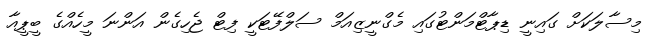
މިސާލަކަށް ގައިނީ ޑިޕާޓްމަންޓުގައި މެގްނީޒިއަމް ސަލްފޭޓަކީ ފިޓް ޖެހިގެން އަންނަ މީހެއްގެ ބީޕީއާ